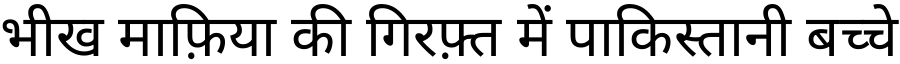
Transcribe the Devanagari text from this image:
भीख माफ़िया की गिरफ़्त में पाकिस्तानी बच्चे